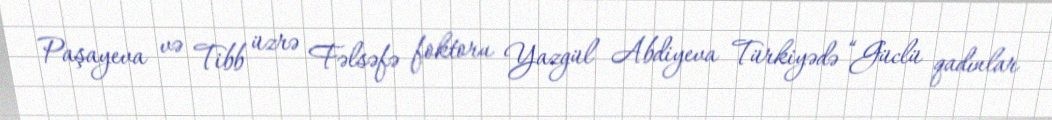
Paşayeva və Tibb üzrə Fəlsəfə foktoru Yazgül Abdiyeva Türkiyədə “Güclü qadınlar